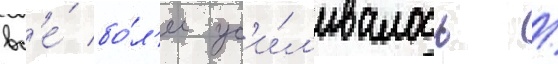
вс'е́ бо́л'ее ус'и́л'ивалось /